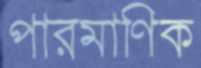
পারমাণিক